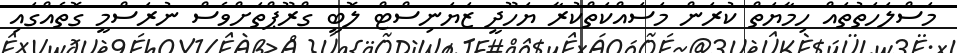
މަސްލަހަތުތައް ހިމާޔަތް ކުރަން މަސައްކަތްކުރާ ޔަހޫދީ ޒަޔަނިސްޓް ލޮބީ ގްރޫޕްތަށްވެސް ނުރަސްމީ ގޮތެއްގައި